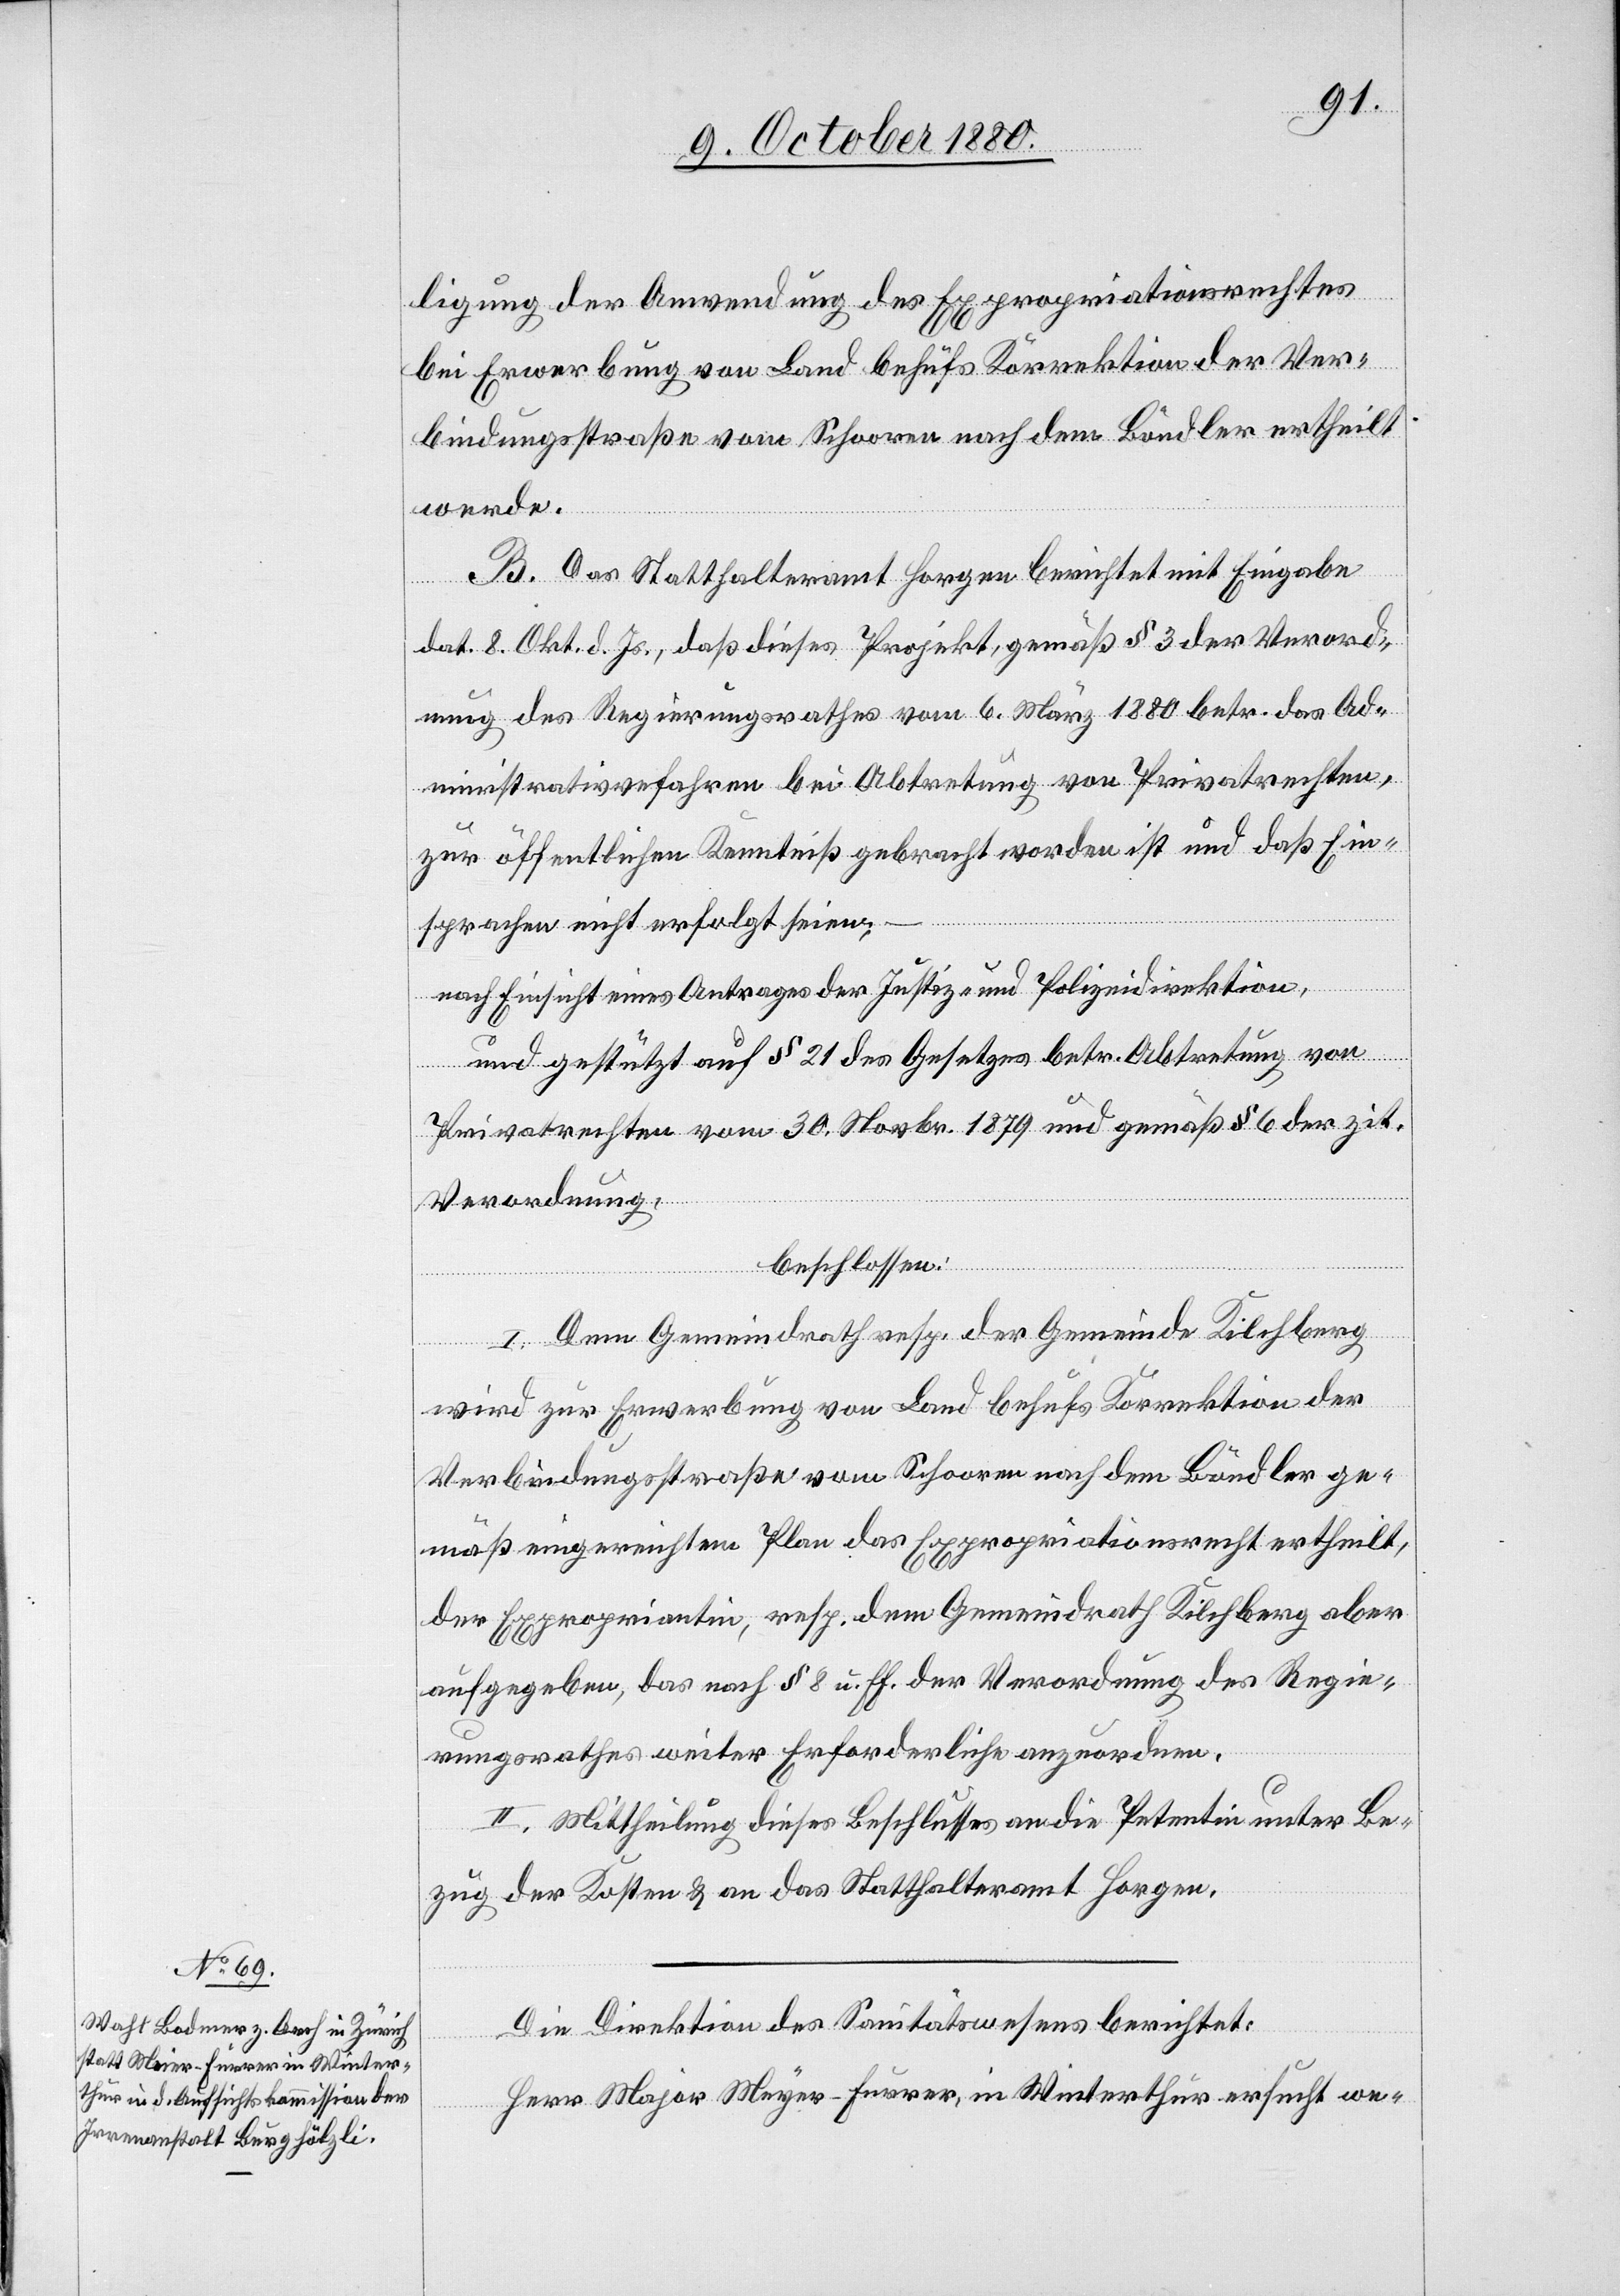
ligung der Anwendung des Expropriationsrechtes
bei Erwerbung von Land behufs Korrektion der Ver¬
bindungsstraße vom Schooren [sic!] nach dem Bändler ertheilt
werde.
B. Das Statthalteramt Horgen berichtet mit Eingabe
dat. 8. Okt. d. Js., daß dieses Projekt, gemäß § 3 der Verord¬
nung des Regierungsrathes vom 6. März 1880 betr. das Ad¬
ministrativverfahren bei Abtretung von Privatrechten,
zur öffentlichen Kenntniß gebracht worden ist und daß Ein¬
sprachen nicht erfolgt seien;
–
nach Einsicht eines Antrages der Justiz- und Polizeidirektion,
und gestützt auf § 21 des Gesetzes betr. Abtretung von
Privatrechten vom 30. Novbr. 1879 und gemäß § 6 der zit.
Verordnung,
beschlossen:
I. Dem Gemeindrath resp. der Gemeinde Kilchberg
wird zur Erwerbung von Land behufs Korrektion der
Verbindungsstraße vom Schooren nach dem Bändler ge¬
mäß eingereichtem Plan das Expropriationsrecht ertheilt,
der Expropriantin, resp. dem Gemeindrath Kilchberg aber
aufgegeben, das nach § 8 u. ff. der Verordnung des Regie¬
rungsrathes weiter Erforderliche anzuordnen.
II. Mittheilung dieses Beschlusses an die Petentin unter Be¬
zug der Kosten & an das Statthalteramt Horgen.
Die Direktion des Sanitätswesens berichtet:
Herr Major Meyer-Furrer, in Winterthur ersucht we-